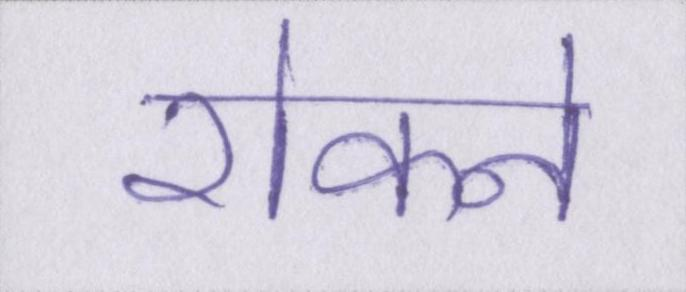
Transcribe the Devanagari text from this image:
रोकने